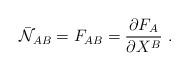
LaTeX: \begin{align*}\bar {\cal N}_{AB} =F_{AB}=\frac{\partial F_A}{\partial X^B}\ .\end{align*}